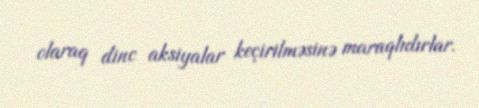
olaraq dinc aksiyalar keçirilməsinə maraqlıdırlar.